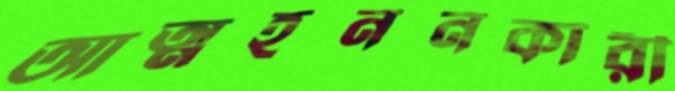
আত্মহননকারী